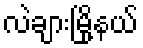
လဲချားမြို့နယ်